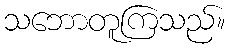
သဘောတူကြသည်။